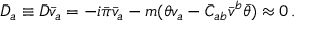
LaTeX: \bar { D } _ { a } \equiv \bar { D } \bar { v } _ { a } = - i \bar { \pi } \bar { v } _ { a } - m ( \theta v _ { a } - \bar { C } _ { a b } \bar { v } ^ { b } \bar { \theta } ) \approx 0 \, .